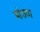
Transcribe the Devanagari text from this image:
षोशण